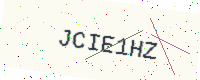
Text: JCIE1HZ